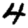
Digit: 4